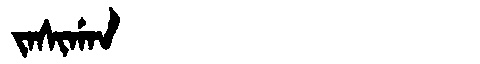
Manchu: ᠵᠠᠰᡳᡤᠠᠨ
Romanization: JASIGAN